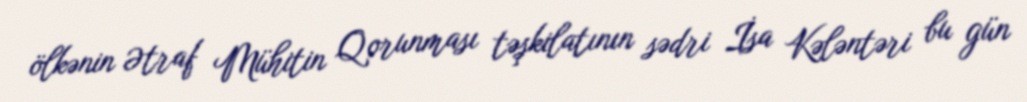
ölkənin Ətraf Mühitin Qorunması təşkilatının sədri İsa Kələntəri bu gün